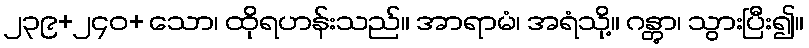
၂၃၉+၂၄၀+ သော၊ ထိုရဟန်းသည်။ အာရာမံ၊ အရံသို့။ ဂန္တွာ၊ သွားပြီး၍။